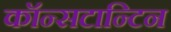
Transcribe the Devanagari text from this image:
कॉन्सटान्टिन